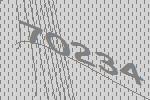
70234